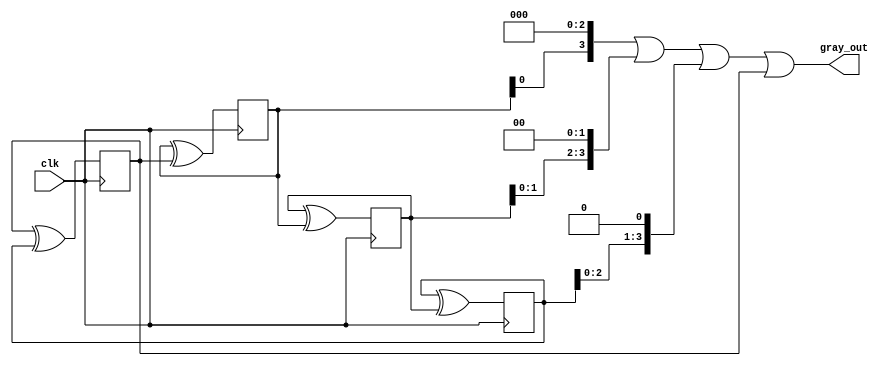
module gray_ring_counter (
    input wire clk,
    output reg [3:0] gray_out
);

reg [3:0] q [3:0];

always @(posedge clk) begin
    q[0] <= q[0] ^ q[1];
    q[1] <= q[1] ^ q[2];
    q[2] <= q[2] ^ q[3];
    q[3] <= q[3] ^ q[0];
end

assign gray_out = q[3] << 3 | q[2] << 2 | q[1] << 1 | q[0];
endmodule